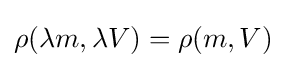
\rho (\lambda m,\lambda V)=\rho (m,V)